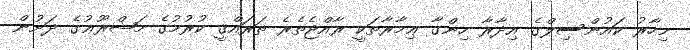
މިހާރު ކައުންސިލްގެ އިދާރާ ހިންގާ ޢިމާރާތަކީ ރާއްޖެތެރެ ތަރައްޤީ ކުރުމުގެ މަޝްރޫޢުގެ ދަށުން